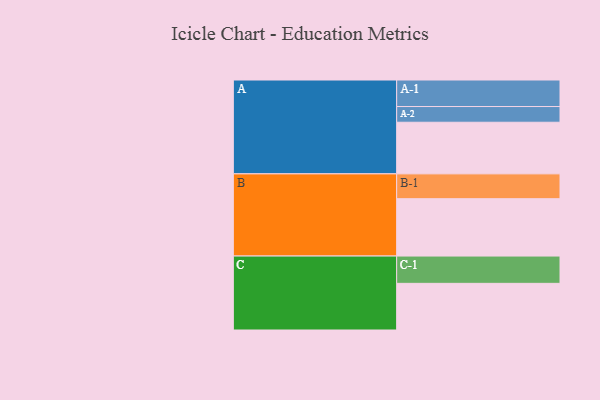
{"axis": {"x": "Segment", "y": "Value"}, "legend": ["", "A", "B", "C"], "data": [{"x": "A", "y": 539, "type": ""}, {"x": "B", "y": 599, "type": ""}, {"x": "C", "y": 487, "type": ""}, {"x": "A-1", "y": 277, "type": "A"}, {"x": "A-2", "y": 164, "type": "A"}, {"x": "B-1", "y": 259, "type": "B"}, {"x": "C-1", "y": 285, "type": "C"}]}